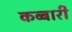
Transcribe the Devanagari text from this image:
कब्बारी